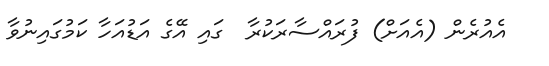
އެއުރެން (އެއަށް) ފުރައްސާރަކުރާ  ގައި އޭގެ އަޑުއަހާ ކަމުގައިނުވާ